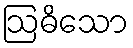
ဩဓိသော